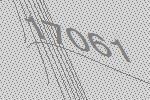
17061